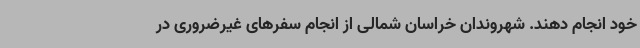
خود انجام دهند. شهروندان خراسان شمالی از انجام سفرهای غیرضروری در